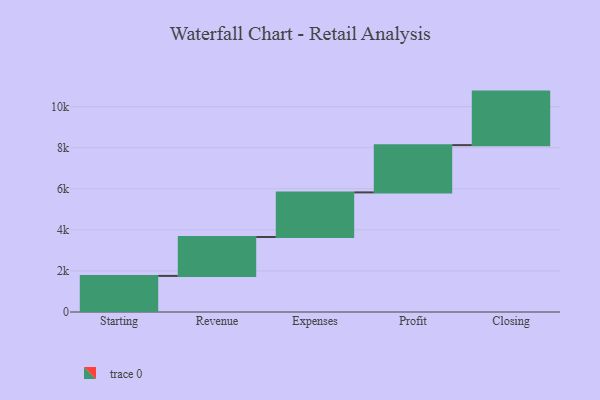
{"axis": {"x": "Step", "y": "Value"}, "legend": [""], "data": [{"x": "Starting", "y": 1757.0, "type": ""}, {"x": "Revenue", "y": 1895.0, "type": ""}, {"x": "Expenses", "y": 2170.0, "type": ""}, {"x": "Profit", "y": 2301.0, "type": ""}, {"x": "Closing", "y": 2606.0, "type": ""}]}